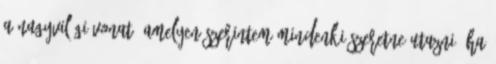
a nagyvilági vonat, amelyen szerintem mindenki szeretne utazni, ha